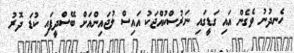
ހެނދުނު ވެގެން އައި ގަޑީގައި ނަރުސްކުއްޖަކު އައިސް ލުޖައިންއަށް ބޭސްދީފައި ކުޑަ ދޮރު